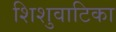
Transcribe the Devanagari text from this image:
शिशुवाटिका